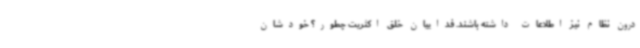
درون نظام نیز اطلاعات داشته باشند. فداییان خلق اکثریت چطور؟ خودشان